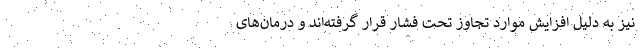
نیز به دلیل افزایش موارد تجاوز تحت فشار قرار گرفته‌اند و درمان‌های